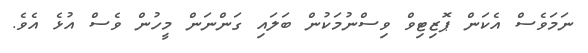
ނަމަވެސް އެކަން ޕޮޒިޓިވް ވިސްނުމަކުން ބަލައި ގަންނަން މީހުން ވެސް އުޅެ އެވެ.